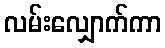
လမ်းလျှောက်ကာ